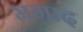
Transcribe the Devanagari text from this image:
ममाद